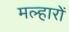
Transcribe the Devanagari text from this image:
मल्हारों